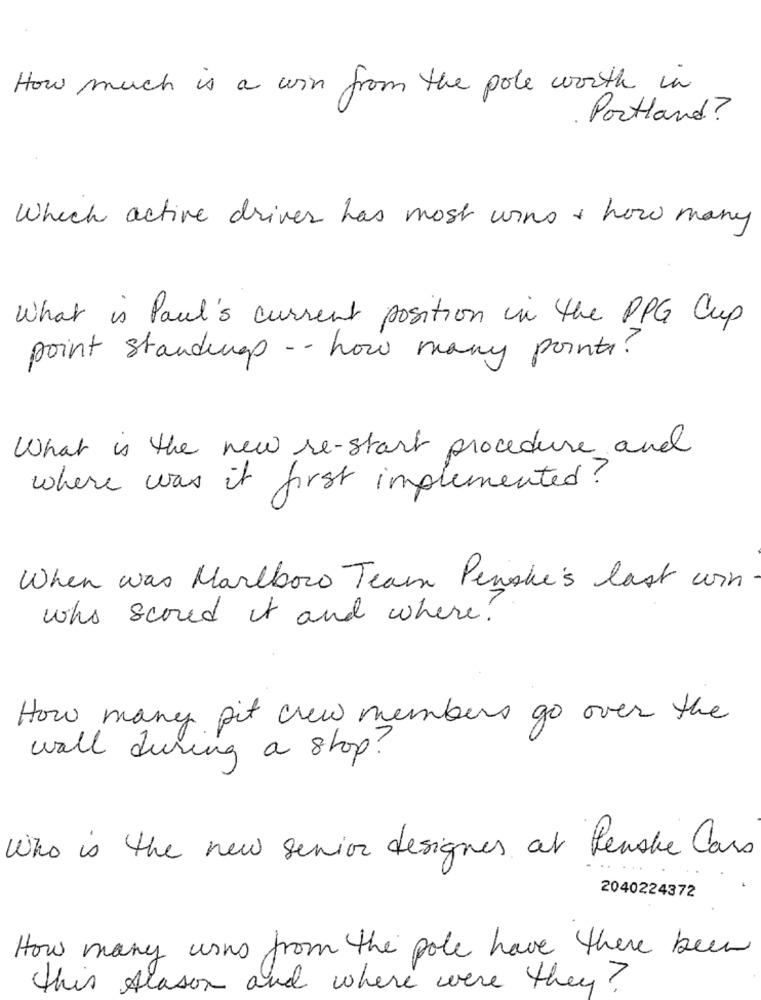
How much is a win from the pole worth in
Portland?
Which active drives has most wins + how many
What is Paul's current position in the PPG Cup
point standings -- how many points?
What is the new re-start procedure and
where was it first implemented?
When was Marlboro Team Penshe's last won
who scored it and where?
How many pit crew members go over the
wall during a shop?
Who is the new senior designer at Penske Cars
2040224372
How many usus from the pole have there been
this season and where were they?